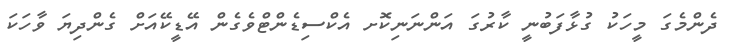
ދެންމެގަ މީހަކު ގުޅާފަބުނީ ކާރުގަ އަންނަނިކޮށ އެކްސިޑެންޓްވެގެން އޭޑީކޭއަށް ގެންދިޔަ ވާހަކަ